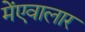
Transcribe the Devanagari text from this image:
मेंएवालार